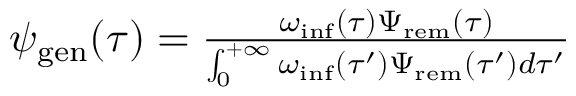
\begin{array} { r } { \psi _ { \mathrm { g e n } } ( \tau ) = \frac { \omega _ { \mathrm { i n f } } ( \tau ) \Psi _ { \mathrm { r e m } } ( \tau ) } { \int _ { 0 } ^ { + \infty } { \omega _ { \mathrm { i n f } } ( \tau ^ { \prime } ) \Psi _ { \mathrm { r e m } } ( \tau ^ { \prime } ) d \tau ^ { \prime } } } } \end{array}